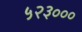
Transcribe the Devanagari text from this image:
५२३०००